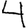
Digit: 4